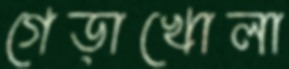
গেড়াখোলা